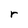
Character: r